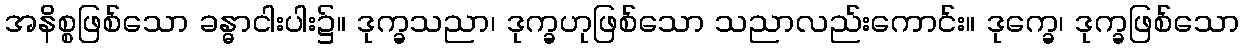
အနိစ္စဖြစ်သော ခန္ဓာငါးပါး၌။ ဒုက္ခသညာ၊ ဒုက္ခဟုဖြစ်သော သညာလည်းကောင်း။ ဒုက္ခေ၊ ဒုက္ခဖြစ်သော